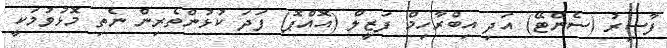
ފާސިރު (ސެންޓޭ) އަދި އިބްރާހިމް ފަޒީލް (އޮއްޕޮ) ފަދަ ކުޅުންތެރިން ނެތި މޮޅުވުމަކީ